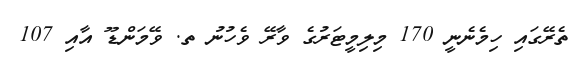
ތެރޭގައި ހިމެނެނީ 170 މިލިމީޓަރުގެ ވާރޭ ވެހުނު ތ. ވޭމަންޑޫ އާއި 107